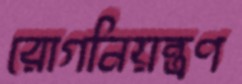
রোগনিয়ন্ত্রণ